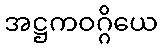
အဋ္ဌကဝဂ္ဂိယေ